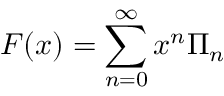
F ( x ) = \sum _ { n = 0 } ^ { \infty } x ^ { n } \Pi _ { n }